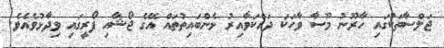
ޖަލްސާތަކުގައި ހާރޫނު މޫސާ ވާހަކަ ދައްކަވާއިރު ޅެންބައިތުތައް އޭގެ ޖޯޝާއި ފޯރީގައި ވިދާޅުވެއެވެ.